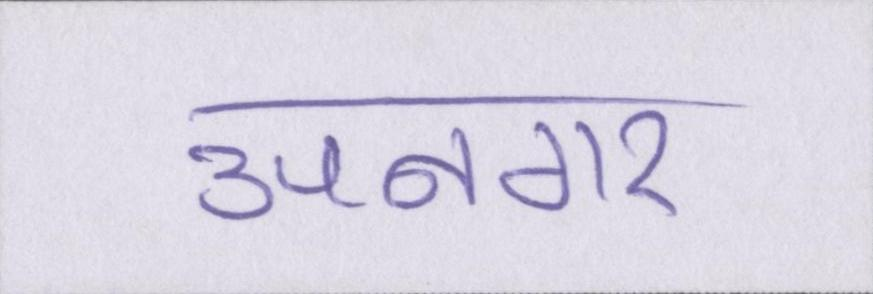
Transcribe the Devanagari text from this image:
उपनगर